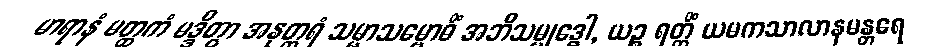
မာရာနံ မတ္ထကံ မဒ္ဒိတွာ အနုတ္တရံ သမ္မာသမ္ဗောဓိံ အဘိသမ္ဗုဒ္ဓေါ, ယဉ္စ ရတ္တိံ ယမကသာလာနမန္တရေ